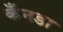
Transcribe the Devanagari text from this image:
कँनडा